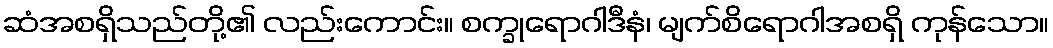
ဆံအစရှိသည်တို့၏ လည်းကောင်း။ စက္ခုရောဂါဒီနံ၊ မျက်စိရောဂါအစရှိ ကုန်သော။